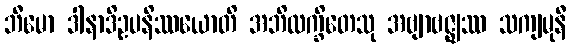
ဘီမော ဒါနာဒိဥပနိဿယောတိ အဘိလက္ခိတေသု အဗျာဗဇ္ဈဿ သကျမုနီ